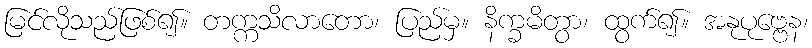
မြင်လိုသည်ဖြစ်၍။ တက္ကသိလာတော၊ ပြည်မှ။ နိက္ခမိတွာ၊ ထွက်၍။ အနုပုဗ္ဗေန၊